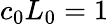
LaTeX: c_{0}L_{0}=1